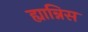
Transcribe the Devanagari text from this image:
ह्यान्निस